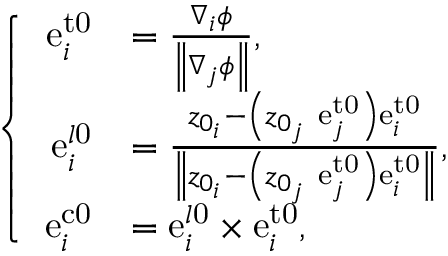
\left\{ \begin{array} { r l } { \mathrm { e } _ { i } ^ { \mathrm { { t 0 } } } } & { = \frac { \nabla _ { i } \phi } { \left\| \nabla _ { j } \phi \right\| } , } \\ { \mathrm { e } _ { i } ^ { l \mathrm { 0 } } } & { = \frac { z _ { 0 _ { i } } - \left( z _ { 0 _ { j } } \ \mathrm { e } _ { j } ^ { \mathrm { { t 0 } } } \right) \mathrm { e } _ { i } ^ { \mathrm { t 0 } } } { \left\| z _ { 0 _ { i } } - \left( z _ { 0 _ { j } } \ \mathrm { e } _ { j } ^ { \mathrm { { t 0 } } } \right) \mathrm { e } _ { i } ^ { \mathrm { t 0 } } \right\| } , } \\ { \mathrm { e } _ { i } ^ { \mathrm { { c 0 } } } } & { = \mathrm { e } _ { i } ^ { l \mathrm { 0 } } \times \mathrm { e } _ { i } ^ { \mathrm { { t 0 } } } , } \end{array} \right.